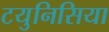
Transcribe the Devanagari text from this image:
टयुनिसिया